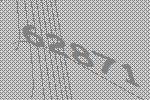
62871